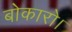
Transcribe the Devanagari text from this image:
बोकारो।